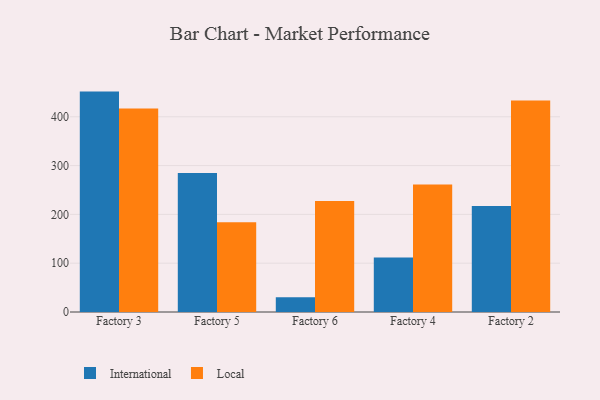
{"axis": {"x": "Factory", "y": "Churn Rate (%)"}, "legend": ["International", "Local"], "data": [{"x": "Factory 3", "y": 451.6, "type": "International"}, {"x": "Factory 3", "y": 417.1, "type": "Local"}, {"x": "Factory 5", "y": 284.7, "type": "International"}, {"x": "Factory 5", "y": 183.8, "type": "Local"}, {"x": "Factory 6", "y": 30.3, "type": "International"}, {"x": "Factory 6", "y": 227.2, "type": "Local"}, {"x": "Factory 4", "y": 111.7, "type": "International"}, {"x": "Factory 4", "y": 261.1, "type": "Local"}, {"x": "Factory 2", "y": 217.0, "type": "International"}, {"x": "Factory 2", "y": 433.3, "type": "Local"}]}